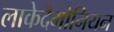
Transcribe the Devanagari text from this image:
लाकेदैमोनियन